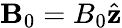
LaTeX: \textbf{B}_{0}=B_{0}\hat{\textbf{z}}